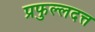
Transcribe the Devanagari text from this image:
प्रफुल्लदत्त